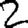
Digit: 2